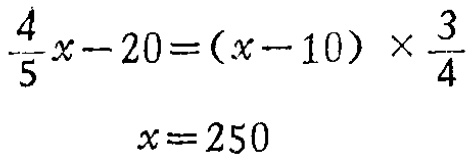
\(\frac{4}{5}x - 20 = (x - 10)\times\frac{3}{4}\)

\(x = 250\)